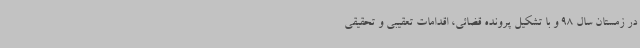
در زمستان سال 98 و با تشکیل پرونده قضائی، اقدامات تعقیبی و تحقیقی